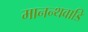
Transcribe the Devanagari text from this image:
मानन्थवाडि